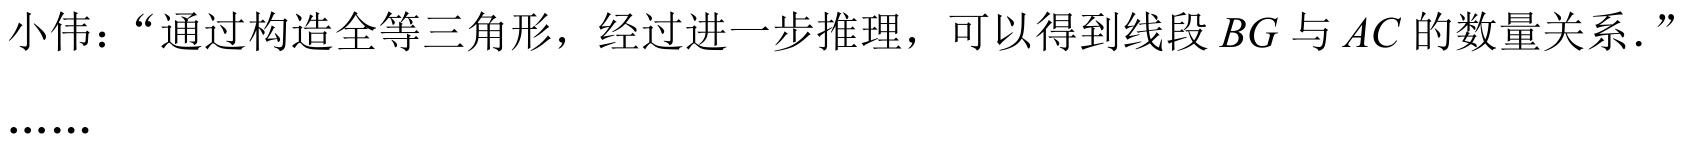
小伟：“通过构造全等三角形，经过进一步推理，可以得到线段 \(BG\) 与 \(AC\) 的数量关系．”

\(\cdots\cdots\)